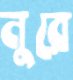
নুরে